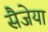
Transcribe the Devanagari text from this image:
सैजेया